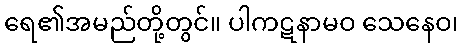
ရေ၏အမည်တို့တွင်။ ပါကဋနာမဝ သေနေဝ၊